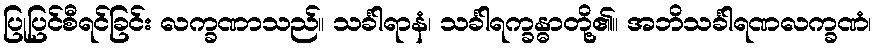
ပြုပြင်စီရင်ခြင်း လက္ခဏာသည်။ သင်္ခါရာနံ၊ သင်္ခါရက္ခန္ဓာတို့၏။ အဘိသင်္ခါရဏလက္ခဏံ၊